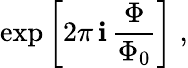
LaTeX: \exp\left[2\pi\, \mathbf{i}\, \frac{{\Phi}}{{\Phi_{0}}}\right]\; ,